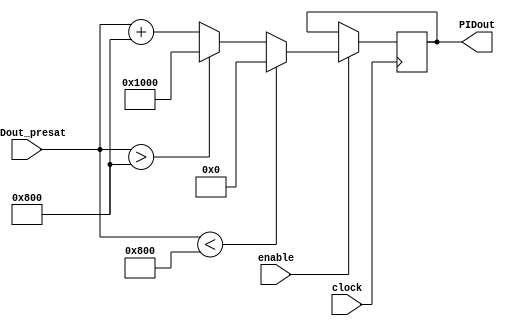
module PIDout_sat (clock, enable, PIDout_presat, PIDout);

parameter Upper_limit = 2048;
parameter Lower_limit = -2048;

input clock;
input enable;

input signed [31:0] PIDout_presat;

output signed [31:0] PIDout;

reg signed [31:0] PIDout;


always @(posedge clock)
begin

	if(enable)
		begin
		
			if(PIDout_presat < Lower_limit) PIDout <= (Lower_limit + 2048);
			else if (PIDout_presat > Upper_limit) PIDout <= (Upper_limit + 2048);
			else PIDout <= (PIDout_presat + 2048);
		
		
		end
	else
		begin
			
		end

end
endmodule